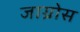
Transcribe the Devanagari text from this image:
जाग्रोस